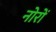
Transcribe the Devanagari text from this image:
नोरों